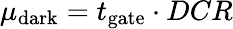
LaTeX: \mu_{\mathrm{dark}}=t_{\mathrm{gate}}\cdot DCR